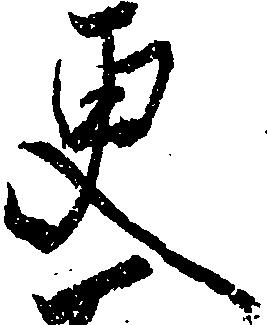
更